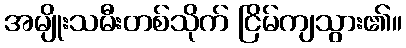
အမျိုးသမီးတစ်သိုက် ငြိမ်ကျသွား၏။